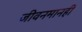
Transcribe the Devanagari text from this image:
जीवनमानही